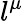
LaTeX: l^{\mu}